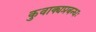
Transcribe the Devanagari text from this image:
कुवाक्यप्रबन्धः